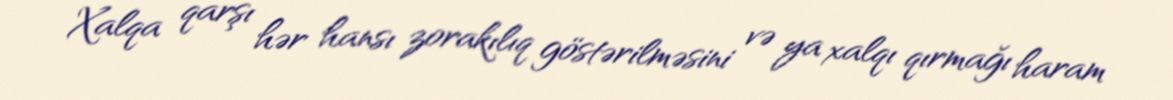
Xalqa qarşı hər hansı zorakılıq göstərilməsini və ya xalqı qırmağı haram